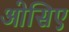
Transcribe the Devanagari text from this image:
ओसिए